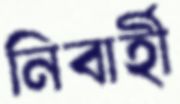
নিবার্হী